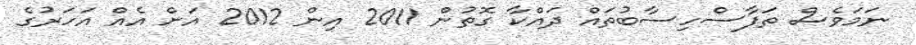
ނަމަވެސް ތަފާސްހިސާބުތައް ދައްކާ ގޮތުން 2011 އިން 2012 އަށް އެއް އަހަރުގެ